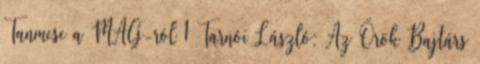
Tanmese a MAG-ról 1 Tarnói László: Az Örök Bajtárs